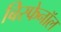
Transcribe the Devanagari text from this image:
बिस्फेनॉल